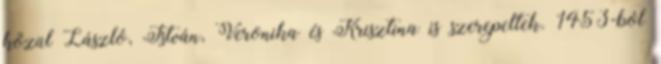
közül László, István, Veronika és Krisztina is szerepeltek. 1453-ból